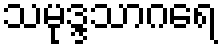
သမုဒ္ဒသာဂရေ